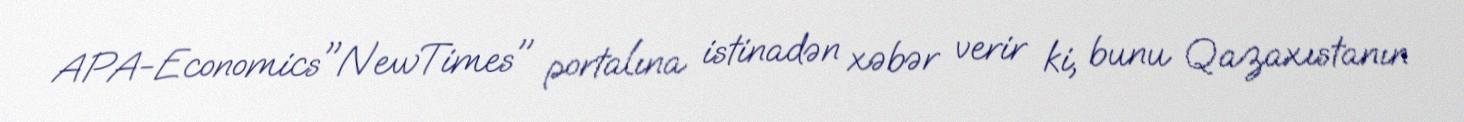
APA-Economics"NewTimes" portalına istinadən xəbər verir ki, bunu Qazaxıstanın